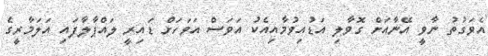
އެވަގުތު ނާވީ އޭނާއަށް ގޮވާލި އަޑުއިވުމާއިއެކު އަވަސް އަވަހަށް ޑައިރީ ލައްޕާލާފައި އަލަމާރީގެ